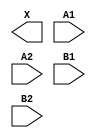
module sky130_fd_sc_hs__o22a (
    X ,
    A1,
    A2,
    B1,
    B2
);

    output X ;
    input  A1;
    input  A2;
    input  B1;
    input  B2;

    // Voltage supply signals
    supply1 VPWR;
    supply0 VGND;

endmodule